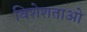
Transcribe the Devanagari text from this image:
विशेशताओ